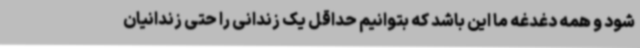
شود و همه دغدغه ما این باشد که بتوانیم حداقل یک زندانی را حتی زندانیان